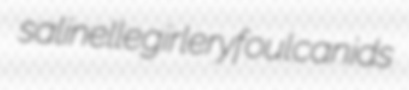
salinelle girlery foul canids